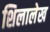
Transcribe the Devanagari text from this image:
शिलालेख